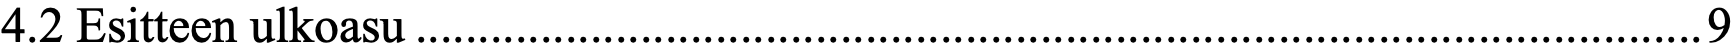
4.2 Esitteen ulkoasu ....................................................................................................... 9